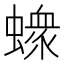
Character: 𧑄